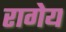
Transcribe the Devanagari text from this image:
रागेय